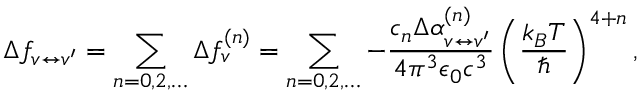
\Delta f _ { v \leftrightarrow v ^ { \prime } } = \sum _ { n = 0 , 2 , \ldots } \Delta f _ { v } ^ { ( n ) } = \sum _ { n = 0 , 2 , \ldots } - \frac { c _ { n } \Delta \alpha _ { v \leftrightarrow v ^ { \prime } } ^ { ( n ) } } { 4 \pi ^ { 3 } \epsilon _ { 0 } c ^ { 3 } } \left( \frac { k _ { B } T } { \hbar } \right) ^ { 4 + n } ,